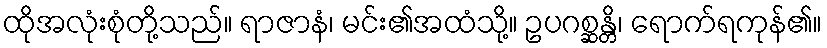
ထိုအလုံးစုံတို့သည်။ ရာဇာနံ၊ မင်း၏အထံသို့။ ဥပဂစ္ဆန္တိ၊ ရောက်ရကုန်၏။